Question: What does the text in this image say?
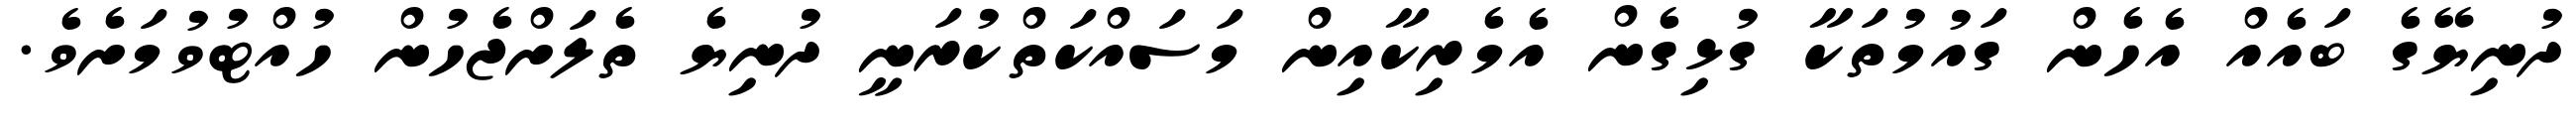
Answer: ދުނިޔޭގެ ބައެއް އެހެން ގައުމުތަކާ ގުޅިގެން އެމެރިކާއިން މަސައްކަތްކުރަނީ ދުނިޔެ ތެލަށްޖެހުން ހުއްޓުވުމަށެވެ.